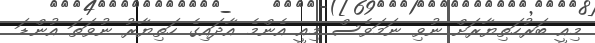
މިއީ ބަރުހަތިޔާރަށް ނުވި ނަމަވެސް މިއީ އެންމެ އާދައިގެ ހަތިޔާރު ނުވަތަ އުންޑަ